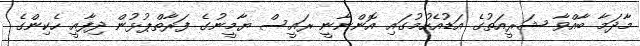
މާދަމާ ބާއްވާ ޝަރީއަތުގެ އަޑުއެހުމުގައި އޮންނާނީ ރައީސް ޔާމީނުގެ ފަރާތްޕުޅުން ދިފާއީ ހެކިންގެ